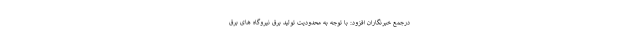
درجمع خبرنگاران افزود: با توجه به محدودیت تولید برق نیروگاه های برق